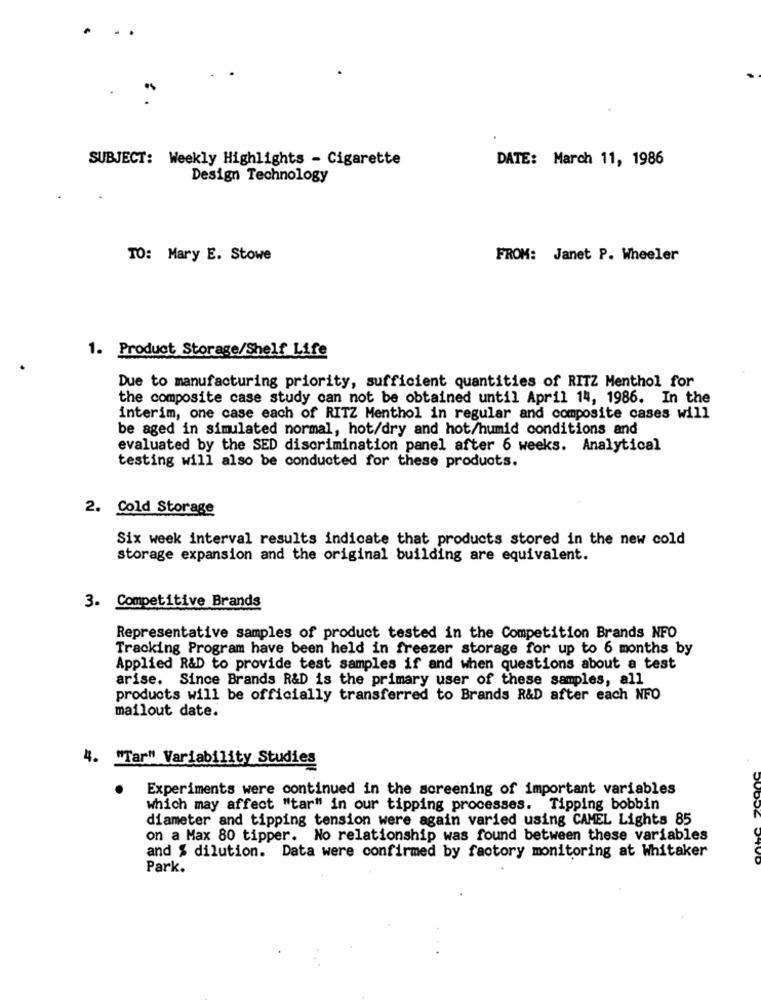
SUBJECT: Weekly Highlights - Cigarette
DATE: March 11, 1986
Design Technology
TO: Mary E. Stowe
FROM: Janet P. Wheeler
1. Product Storage/Shelf Life
Due to manufacturing priority, sufficient quantities of RITZ Menthol for
the composite case study can not be obtained until April 14, 1986. In the
interim, one case each of RITZ Menthol in regular and composite cases will
be aged in simulated normal, hot/dry and hot/humid conditions and
evaluated by the SED discrimination panel after 6 weeks. Analytical
testing will also be conducted for these products.
2. Cold Storage
Six week interval results indicate that products stored in the new cold
storage expansion and the original building are equivalent.
3. Competitive Brands
Representative samples of product tested in the Competition Brands NFO
Tracking Program have been held in freezer storage for up to 6 months by
Applied R&D to provide test samples if and when questions about a test
arise. Since Brands R&D is the primary user of these samples, all
products will be officially transferred to Brands R&D after each NFO
mailout date.
4. "Tar" Variability Studies
.
Experiments were continued in the screening of important variables
which may affect "tar" in our tipping processes. Tipping bobbin
diameter and tipping tension were again varied using CAMEL Lights 85
on a Max 80 tipper. No relationship was found between these variables
and $ dilution. Data were confirmed by factory monitoring at Whitaker
Park.